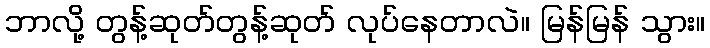
ဘာလို့ တွန့်ဆုတ်တွန့်ဆုတ် လုပ်နေတာလဲ။ မြန်မြန် သွား။